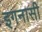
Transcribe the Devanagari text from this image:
इगनासी